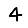
Digit: 4